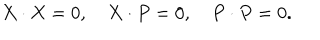
X \cdot X = 0 , \quad X \cdot P = 0 , \quad P \cdot P = 0 .